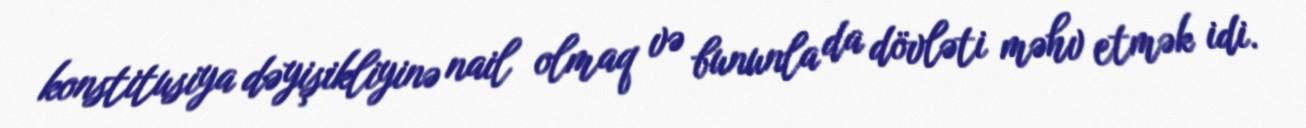
konstitusiya dəyişikliyinə nail olmaq və bununla da dövləti məhv etmək idi.